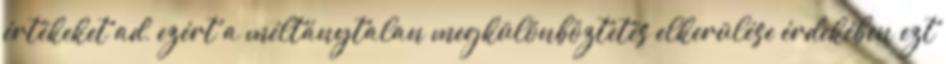
értékeket ad, ezért a méltánytalan megkülönböztetés elkerülése érdekében ezt